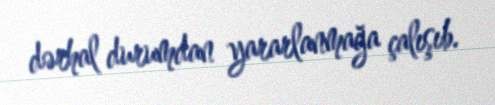
dərhal durumdan yararlanmağa çalışıb.